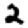
Digit: 2